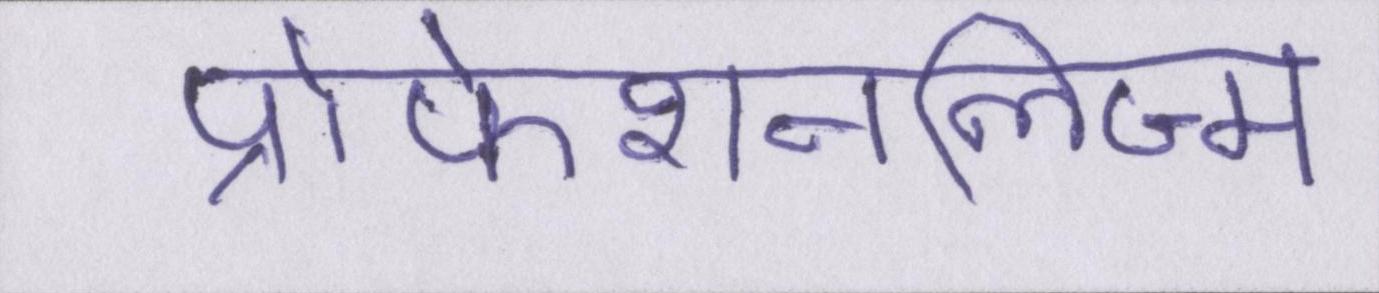
प्रोफेशनलिज्म